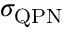
\sigma _ { \mathrm { Q P N } }